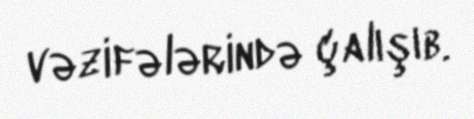
vəzifələrində çalışıb.